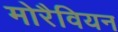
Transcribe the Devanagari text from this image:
मोरैवियन